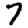
Digit: 7